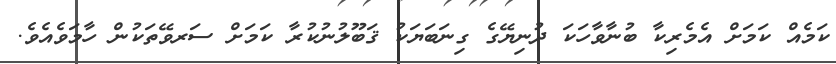
ކަމެއް ކަމަށް އެމެރިކާ ބުނާވާހަކަ ދުނިޔޭގެ ގިނަބަޔަކު ޤަބޫލުނުކުރާ ކަމަށް ސަރވޭތަކުން ހާމަވެއެވެ.